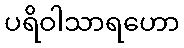
ပရိဝါသာရဟော